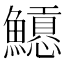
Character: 𩼲